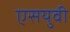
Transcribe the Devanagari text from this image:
एसयुवी